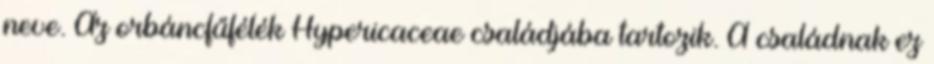
neve. Az orbáncfűfélék Hypericaceae családjába tartozik. A családnak ez